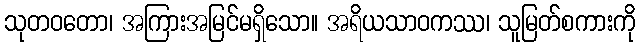
သုတဝတော၊ အကြားအမြင်မရှိသော။ အရိယသာဝကဿ၊ သူမြတ်စကားကို